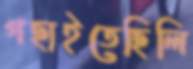
গছাইতেছিলি